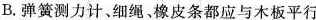
B.弹簧测力计、细绳、橡皮条都应与木板平行